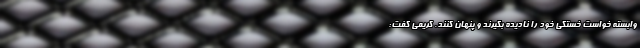
وابسته خواست خستگی‌ خود را نادیده بگیرند و پنهان کنند. کریمی گفت: